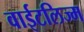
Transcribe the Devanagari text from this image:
वाईटलिज्म